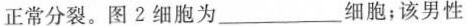
正常分裂。图2细胞为___细胞；该男性